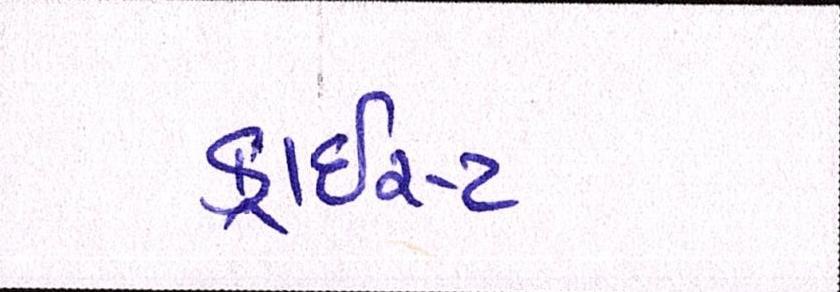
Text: ક્રાઇસ્ટ